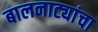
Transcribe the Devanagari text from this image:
बालनाट्यांचा